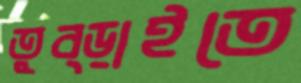
তুব্‌ড়াইতে